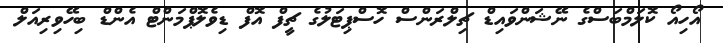
އޯހިއޯ ކޮލަމްބަސްގެ ނޭޝަންވައިޑް ޗިލްރަންސް ހޮސްޕިޓަލުގެ ޗީފް އޮފް ޑިވެލޮޕްމަންޓް އެންޑް ބިހޭވިރިއަލް